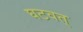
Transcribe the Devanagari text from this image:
घटवत्